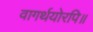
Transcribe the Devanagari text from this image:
वागर्थयोरपि॥